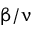
\upbeta / \upnu